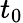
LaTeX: t_{0}